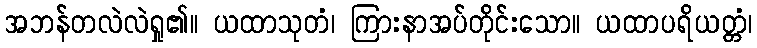
အဘန်တလဲလဲရှု၏။ ယထာသုတံ၊ ကြားနာအပ်တိုင်းသော။ ယထာပရိယတ္တံ၊